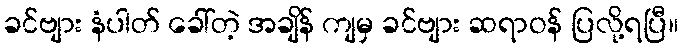
ခင်ဗျား နံပါတ် ခေါ်တဲ့ အချိန် ကျမှ ခင်ဗျား ဆရာဝန် ပြလို့ရပြီ။